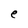
Character: e